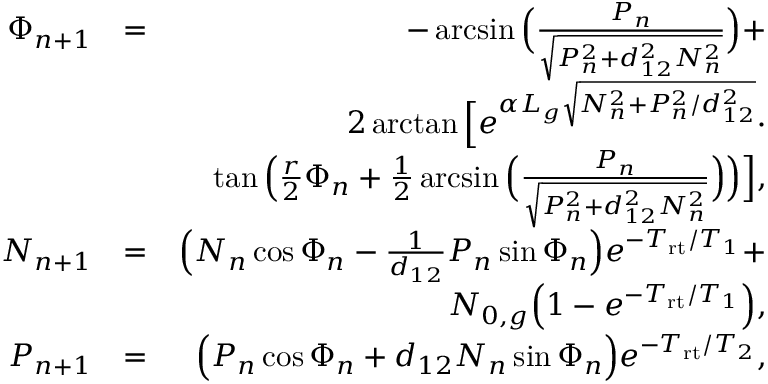
\begin{array} { r l r } { \Phi _ { n + 1 } } & { = } & { - \arcsin \Big ( \frac { P _ { n } } { \sqrt { P _ { n } ^ { 2 } + d _ { 1 2 } ^ { 2 } N _ { n } ^ { 2 } } } \Big ) + } \\ & { } & { 2 \arctan \Big [ e ^ { \alpha L _ { g } \sqrt { N _ { n } ^ { 2 } + P _ { n } ^ { 2 } / d _ { 1 2 } ^ { 2 } } } \cdot } \\ & { } & { \tan \Big ( \frac { r } { 2 } \Phi _ { n } + \frac { 1 } { 2 } \arcsin \Big ( \frac { P _ { n } } { \sqrt { P _ { n } ^ { 2 } + d _ { 1 2 } ^ { 2 } N _ { n } ^ { 2 } } } \Big ) \Big ) \Big ] , } \\ { N _ { n + 1 } } & { = } & { \Big ( N _ { n } \cos \Phi _ { n } - \frac { 1 } { d _ { 1 2 } } P _ { n } \sin \Phi _ { n } \Big ) e ^ { - T _ { \mathrm { r t } } / T _ { 1 } } + } \\ & { } & { N _ { 0 , g } \Big ( 1 - e ^ { - T _ { \mathrm { r t } } / T _ { 1 } } \Big ) , } \\ { P _ { n + 1 } } & { = } & { \Big ( P _ { n } \cos \Phi _ { n } + d _ { 1 2 } N _ { n } \sin \Phi _ { n } \Big ) e ^ { - T _ { \mathrm { r t } } / T _ { 2 } } , } \end{array}